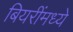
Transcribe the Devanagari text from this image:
बियरींमध्ये